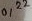
Text: 0,22